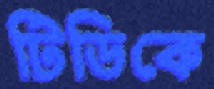
টিডিকে